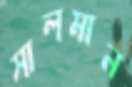
সালমান